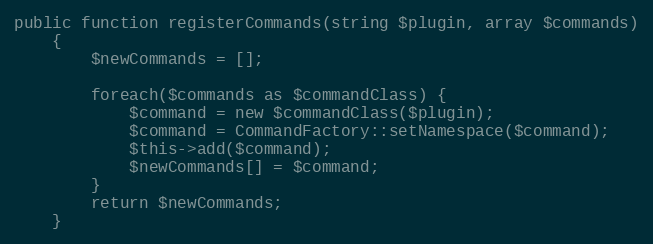
Language: PHP
public function registerCommands(string $plugin, array $commands)
    {
        $newCommands = [];

        foreach($commands as $commandClass) {
            $command = new $commandClass($plugin);
            $command = CommandFactory::setNamespace($command);
            $this->add($command);
            $newCommands[] = $command;
        }
        return $newCommands;
    }